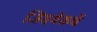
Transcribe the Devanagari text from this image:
जिसमेंकर्घे